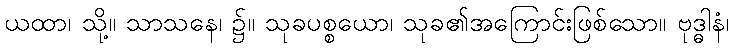
ယထာ၊ သို့။ သာသနေ၊ ၌။ သုခပစ္စယော၊ သုခ၏အကြောင်းဖြစ်သော။ ဗုဒ္ဓါနံ၊